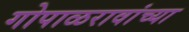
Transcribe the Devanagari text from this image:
गोपाळरावांच्या